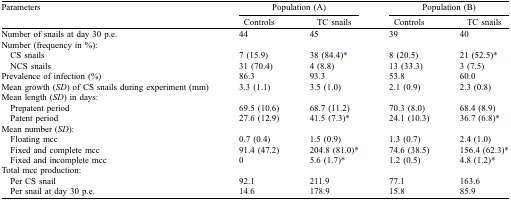
<table><thead><tr><td><b>Parameters</b></td><td colspan="2"><b>Population (A)</b></td><td colspan="2"><b>Population (B)</b></td></tr><tr><td></td><td><b>Controls</b></td><td><b>TC snails</b></td><td><b>Controls</b></td><td><b>TC snails</b></td></tr></thead><tbody><tr><td>Number of snails at day 30 p.e.</td><td>44</td><td>45</td><td>39</td><td>40</td></tr><tr><td colspan="5">Number (frequency in %):</td></tr><tr><td> CS snails</td><td>7 (15.9)</td><td>38 (84.4)*</td><td>8 (20.5)</td><td>21 (52.5)*</td></tr><tr><td> NCS snails</td><td>31 (70.4)</td><td>4 (8.8)</td><td>13 (33.3)</td><td>3 (7.5)</td></tr><tr><td>Prevalence of infection (%)</td><td>86.3</td><td>93.3</td><td>53.8</td><td>60.0</td></tr><tr><td>Mean growth (<i>SD</i>) of CS snails during experiment (mm)</td><td>3.3 (1.1)</td><td>3.5 (1.0)</td><td>2.1 (0.9)</td><td>2.3 (0.8)</td></tr><tr><td colspan="5">Mean length (<i>SD</i>) in days:</td></tr><tr><td> Prepatent period</td><td>69.5 (10.6)</td><td>68.7 (11.2)</td><td>70.3 (8.0)</td><td>68.4 (8.9)</td></tr><tr><td> Patent period</td><td>27.6 (12.9)</td><td>41.5 (7.3)*</td><td>24.1 (10.3)</td><td>36.7 (6.8)*</td></tr><tr><td colspan="5">Mean number (<i>SD</i>):</td></tr><tr><td> Floating mcc</td><td>0.7 (0.4)</td><td>1.5 (0.9)</td><td>1.3 (0.7)</td><td>2.4 (1.0)</td></tr><tr><td> Fixed and complete mcc</td><td>91.4 (47.2)</td><td>204.8 (81.0)*</td><td>74.6 (38.5)</td><td>156.4 (62.3)*</td></tr><tr><td> Fixed and incomplete mcc </td><td>0</td><td>5.6 (1.7)*</td><td>1.2 (0.5)</td><td>4.8 (1.2)*</td></tr><tr><td colspan="5">Total mcc production:</td></tr><tr><td> Per CS snail</td><td>92.1</td><td>211.9</td><td>77.1</td><td>163.6</td></tr><tr><td> Per snail at day 30 p.e.</td><td>14.6</td><td>178.9</td><td>15.8</td><td>85.9</td></tr></tbody></table>